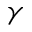
\gamma